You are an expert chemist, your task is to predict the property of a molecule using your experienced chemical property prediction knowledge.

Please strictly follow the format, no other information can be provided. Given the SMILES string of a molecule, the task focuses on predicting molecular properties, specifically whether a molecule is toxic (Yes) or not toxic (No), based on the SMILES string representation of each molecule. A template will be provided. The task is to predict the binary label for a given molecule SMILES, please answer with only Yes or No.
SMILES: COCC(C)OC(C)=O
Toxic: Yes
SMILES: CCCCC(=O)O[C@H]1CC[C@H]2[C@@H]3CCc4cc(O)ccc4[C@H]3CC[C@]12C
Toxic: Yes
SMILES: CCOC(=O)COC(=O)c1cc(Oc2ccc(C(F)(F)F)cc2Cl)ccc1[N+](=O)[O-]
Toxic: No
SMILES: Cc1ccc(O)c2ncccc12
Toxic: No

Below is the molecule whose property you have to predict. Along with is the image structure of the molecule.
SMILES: Cc1ccc(C)c(OCCCC(C)(C)C(=O)O)c1
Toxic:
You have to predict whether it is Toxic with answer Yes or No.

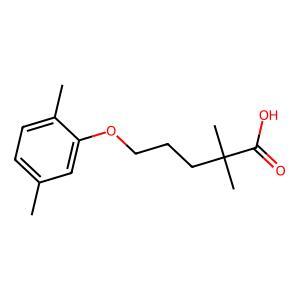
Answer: No